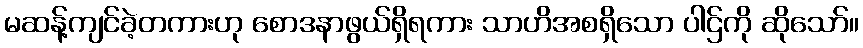
မဆန့်ကျင်ခဲ့တကားဟု စောဒနာဖွယ်ရှိရကား သာဟိအစရှိသော ပါဌ်ကို ဆိုသော်။